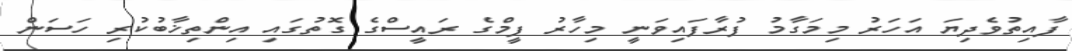
ފާއިތުވެދިޔަ އަހަރު މިމަގާމު ފުރާފައިވަނީ މިހާރު ފީމްގެ ރައީސްގެ ގޮތުގައި އިންތިޚާބުކުރި ހަސަން